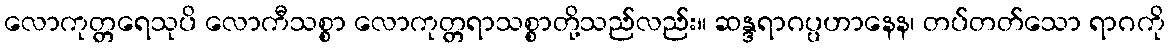
လောကုတ္တရေသုပိ လောကီသစ္စာ လောကုတ္တရာသစ္စာတို့သည်လည်း။ ဆန္ဒရာဂပ္ပဟာနေန၊ တပ်တတ်သော ရာဂကို